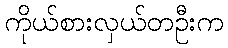
ကိုယ်စားလှယ်တဦးက